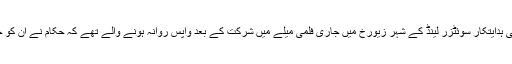
پولش نژاد فرانسیسی ہدایتکار سوئٹزر لینڈ کے شہر زیورخ میں جاری فلمی میلے میں شرکت کے بعد واپس روانہ ہونے والے تھے کہ حکام نے اُن کو حراست میں لے لیا۔